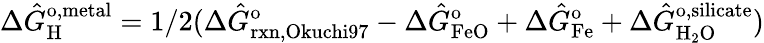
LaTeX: \Delta\hat{G}_{\mathrm{H}}^{\mathrm{o,metal}}=1/2(\Delta\hat{G}_{\mathrm{rxn,Okuchi97}}^{\mathrm{o}}-\Delta\hat{G}_{\mathrm{FeO}}^{\mathrm{o}}+\Delta\hat{G}_{\mathrm{Fe}}^{\mathrm{o}}+\Delta\hat{G}_{\mathrm{H_{2}O}}^{\mathrm{o,silicate}})